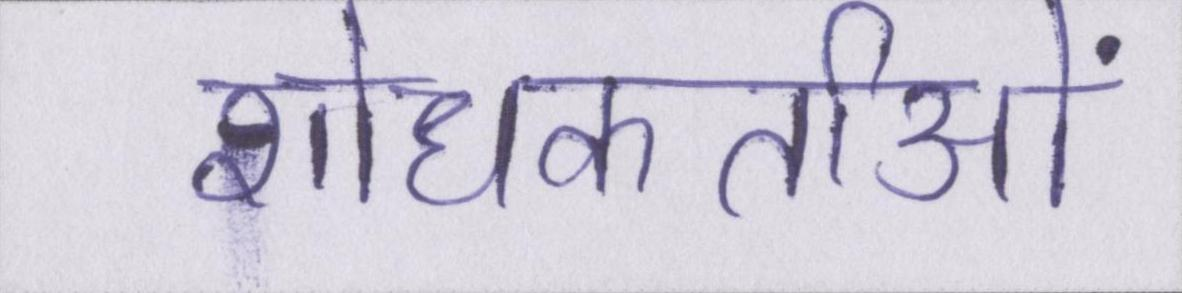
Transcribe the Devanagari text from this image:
शोधकर्ताओं